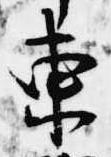
東